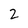
Character: 2